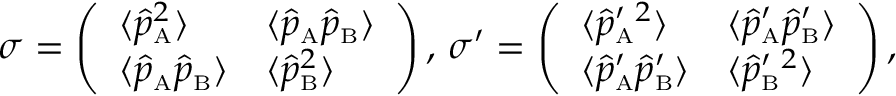
\sigma = \left( \begin{array} { l l } { \langle \hat { p } _ { \mathrm { \scriptscriptstyle A } } ^ { 2 } \rangle } & { \langle \hat { p } _ { \mathrm { \scriptscriptstyle A } } \hat { p } _ { \mathrm { \scriptscriptstyle B } } \rangle } \\ { \langle \hat { p } _ { \mathrm { \scriptscriptstyle A } } \hat { p } _ { \mathrm { \scriptscriptstyle B } } \rangle } & { \langle \hat { p } _ { \mathrm { \scriptscriptstyle B } } ^ { 2 } \rangle } \end{array} \right) , \, \sigma ^ { \prime } = \left( \begin{array} { l l } { \langle { { \hat { p } } ^ { \prime } } _ { \mathrm { \scriptscriptstyle A } } { } ^ { 2 } \rangle } & { \langle { \hat { p } } _ { \mathrm { \scriptscriptstyle A } } ^ { \prime } { \hat { p } } _ { \mathrm { \scriptscriptstyle B } } ^ { \prime } \rangle } \\ { \langle \hat { p } _ { \mathrm { \scriptscriptstyle A } } ^ { \prime } \hat { p } _ { \mathrm { \scriptscriptstyle B } } ^ { \prime } \rangle } & { \langle { \hat { p } ^ { \prime } } _ { \mathrm { \scriptscriptstyle B } } { } ^ { 2 } \rangle } \end{array} \right) ,